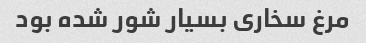
مرغ سخاری بسیار شور شده بود